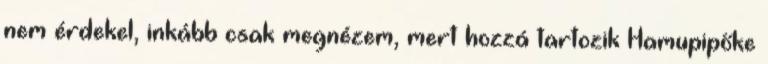
nem érdekel, inkább csak megnézem, mert hozzá tartozik Hamupipőke